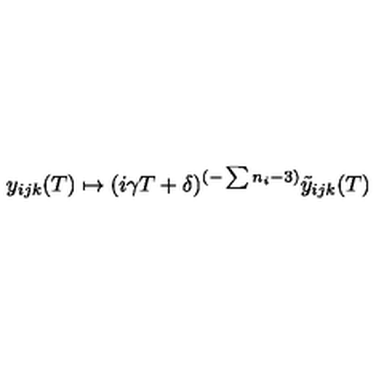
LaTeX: y _ { i j k } ( T ) \mapsto ( i \gamma T + \delta ) ^ { ( - \sum n _ { i } - 3 ) } \tilde { y } _ { i j k } ( T )